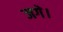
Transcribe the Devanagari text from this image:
जगे।